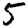
Digit: 5